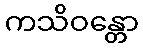
ကသိဝန္တော